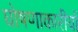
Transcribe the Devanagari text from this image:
घोषणाकारीयों